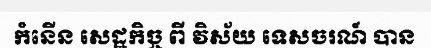
កំនើន សេដ្ឋកិច្ច ពី វិស័យ ទេសចរណ៍ បាន